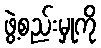
ဖွဲ့စည်းမှုကို